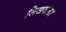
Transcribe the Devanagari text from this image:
लिखवाना।